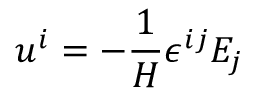
u ^ { i } = - \frac { 1 } { H } \epsilon ^ { i j } E _ { j }